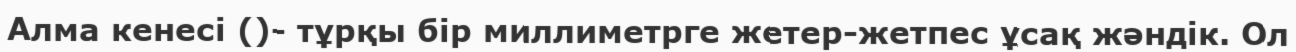
Алма кенесі ()- тұрқы бір миллиметрге жетер-жетпес ұсақ жәндік. Ол